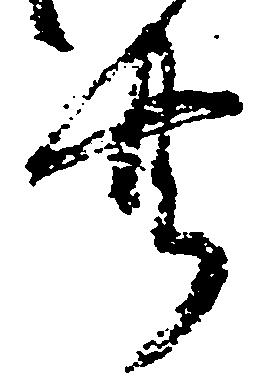
共